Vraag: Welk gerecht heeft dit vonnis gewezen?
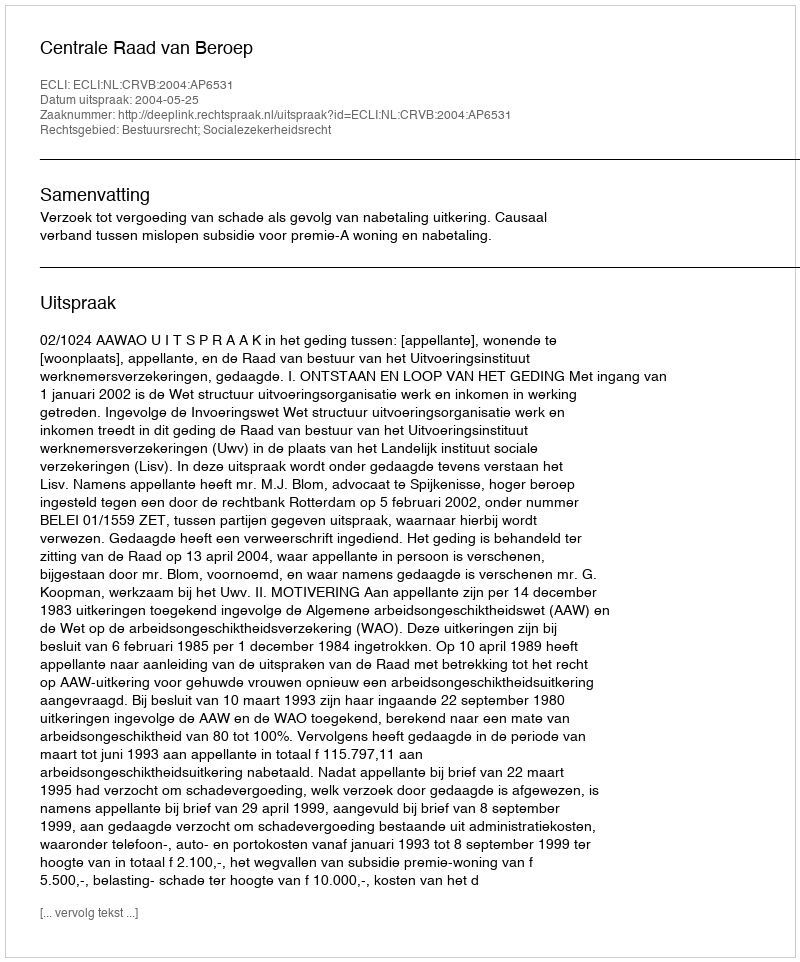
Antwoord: Centrale Raad van Beroep